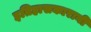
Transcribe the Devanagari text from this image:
इतिहासकारानी